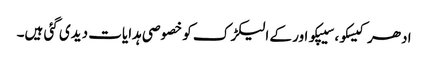
ادھر کیسکو، سیپکو اور کے الیکڑک کو خصوصی ہدایات دیدی گئی ہیں۔